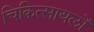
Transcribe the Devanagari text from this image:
चिकित्सायलों